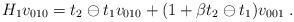
LaTeX: \begin{align*}H_{1}v_{010}=t_{2}\ominus t_{1}v_{010}+(1+\beta t_{2}\ominus t_{1})v_{001}\;.\end{align*}